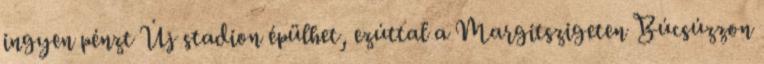
ingyen pénzt Új stadion épülhet, ezúttal a Margitszigeten Búcsúzzon